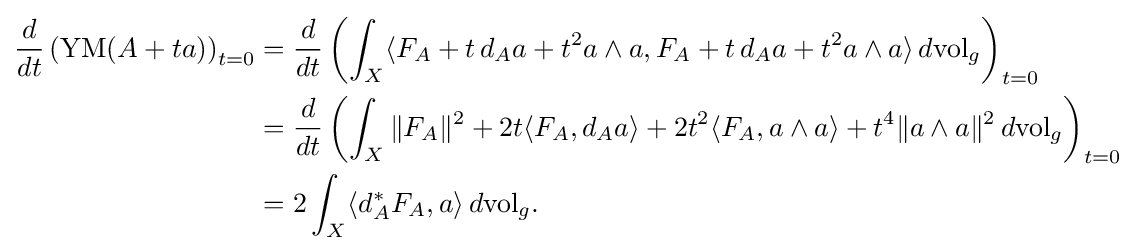
{\begin{aligned}{\frac {d}{dt}}\left(\operatorname {YM} (A+ta)\right)_{t=0}&={\frac {d}{dt}}\left(\int _{X}\langle F_{A}+t\,d_{A}a+t^{2}a\wedge a,F_{A}+t\,d_{A}a+t^{2}a\wedge a\rangle \,d\mathrm {vol} _{g}\right)_{t=0}\\&={\frac {d}{dt}}\left(\int _{X}\|F_{A}\|^{2}+2t\langle F_{A},d_{A}a\rangle +2t^{2}\langle F_{A},a\wedge a\rangle +t^{4}\|a\wedge a\|^{2}\,d\mathrm {vol} _{g}\right)_{t=0}\\&=2\int _{X}\langle d_{A}^{*}F_{A},a\rangle \,d\mathrm {vol} _{g}.\end{aligned}}